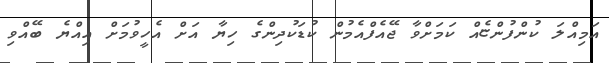
އަމިއްލަ ކުންފުންޏެއްް ކަމަށްވާ ޖޭއެފްއެމުން ކުޑަކުދިންގެ ހިޔާ އަށް އެހީވުމަށް އިއްޔެ ބޭއްވި